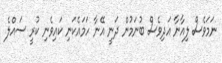
ނަމަވެސް ލިއާނާ އަދިވެސް ބުނަމުން ދަނީ އޭނާ ހަމައެކަނި ކައިވެނި ކުރީ ސައްލެ